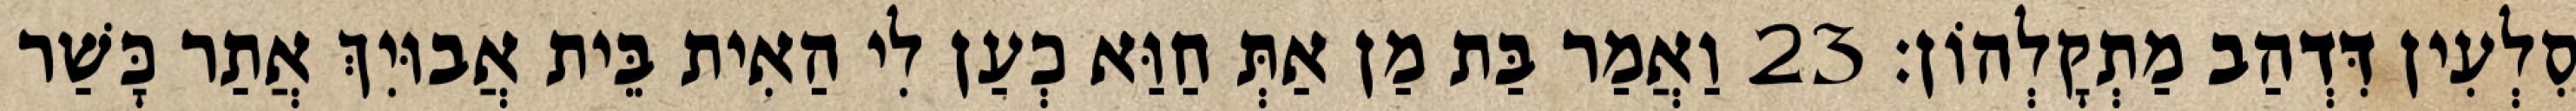
סִלְעִין דִּדְהַב מַתְקָלְהוֹן׃ 23 וַאֲמַר בַּת מַן אַתְּ חַוַּא כְעַן לִי הַאִית בֵּית אֲבוּיִךְ אֲתַר כָּשַׁר